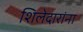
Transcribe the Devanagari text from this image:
शिलेदारांना